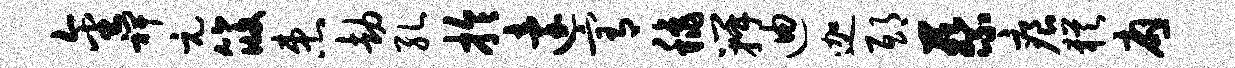
金裨元筱患劫孔拎迨宥秋瓣迪迦邸蔡痕犹应